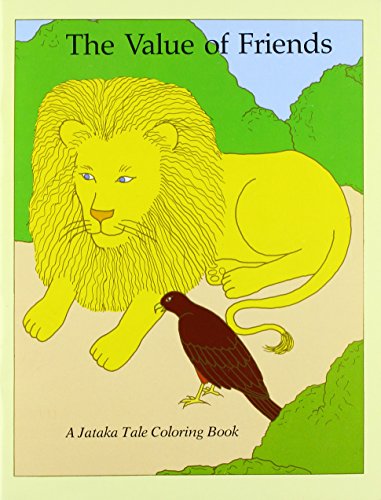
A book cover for Coloring Book Value of Friends/Best of Friends (Jataka Tale Coloring Books) (Spanish Edition); Dharma; Children's Books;